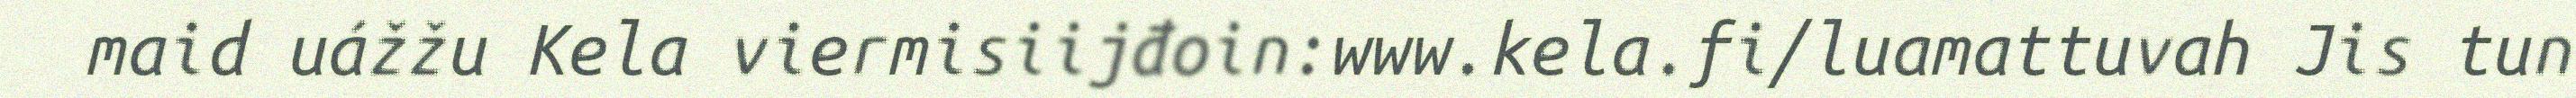
maid uážžu Kela viermisiijđoin:www.kela.fi/luamattuvah Jis tun